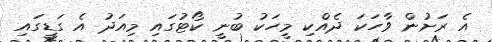
އެ ރަށުން ވާހަކަ ދެއްކި މީހަކު ބުނީ ކޯޓުގައި މިއަދު އެ ގަޑީގައި